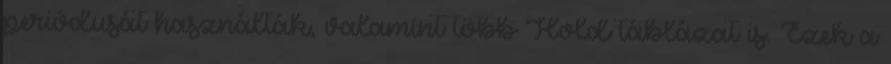
periódusát használták, valamint több Hold táblázat is. Ezek a